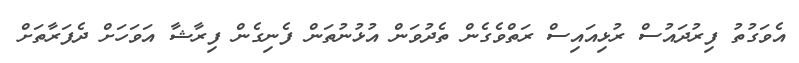
އެވަގުތު ފިރުދައުސް ރުޅިއައިސް ރަތްވެގެން ތެދުވަން އުޅުނުތަން ފެނިގެން ފިރާޝާ އަވަހަށް ދެފަރާތަށް